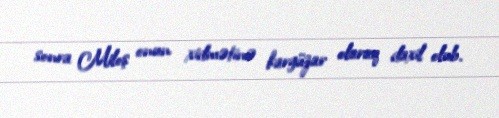
sonra Miloş onun xidmətinə kargüzar olaraq daxil olub.